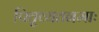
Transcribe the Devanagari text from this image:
पितृव्यतनमाः